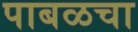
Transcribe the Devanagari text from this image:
पाबळचा